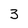
Character: 3